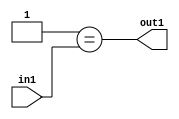
`timescale 1ps / 1ps
/*****************************************************************************
    Verilog RTL Description
    
    
    Created by: Stratus DpOpt 2019.1.01 
*******************************************************************************/

module DC_Filter_Eqi1u2_4 (
	in1,
	out1
	); /* architecture "behavioural" */ 
input [1:0] in1;
output  out1;
wire  asc001;

assign asc001 = (7'B0000001==in1);

assign out1 = asc001;
endmodule

/* CADENCE  urX3TAw= : u9/ySgnWtBlWxVPRXgAZ4Og= ** DO NOT EDIT THIS LINE ******/